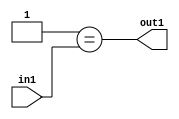
`timescale 1ps / 1ps
/*****************************************************************************
    Verilog RTL Description
    
    
    Created by: Stratus DpOpt 2019.1.01 
*******************************************************************************/

module DC_Filter_Eqi1u2_4 (
	in1,
	out1
	); /* architecture "behavioural" */ 
input [1:0] in1;
output  out1;
wire  asc001;

assign asc001 = (7'B0000001==in1);

assign out1 = asc001;
endmodule

/* CADENCE  urX3TAw= : u9/ySgnWtBlWxVPRXgAZ4Og= ** DO NOT EDIT THIS LINE ******/